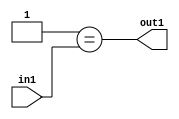
`timescale 1ps / 1ps
/*****************************************************************************
    Verilog RTL Description
    
    
    Created by: Stratus DpOpt 2019.1.01 
*******************************************************************************/

module DC_Filter_Eqi1u2_4 (
	in1,
	out1
	); /* architecture "behavioural" */ 
input [1:0] in1;
output  out1;
wire  asc001;

assign asc001 = (7'B0000001==in1);

assign out1 = asc001;
endmodule

/* CADENCE  urX3TAw= : u9/ySgnWtBlWxVPRXgAZ4Og= ** DO NOT EDIT THIS LINE ******/